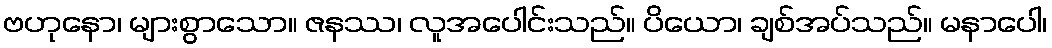
ဗဟုနော၊ များစွာသော။ ဇနဿ၊ လူအပေါင်းသည်။ ပိယော၊ ချစ်အပ်သည်။ မနာပေါ၊